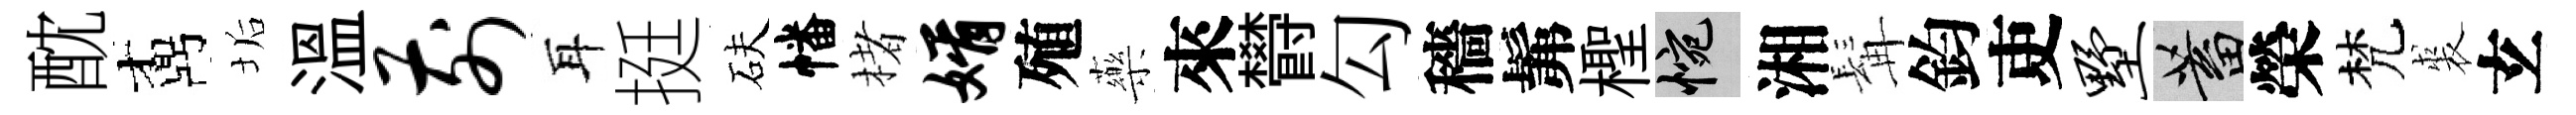
酖鼒垢溫前耳挺砆幡楮婿殖藥來欎勾穡髴檉惋湘髯鈞吏墅蓄榮梵裘𤣥